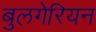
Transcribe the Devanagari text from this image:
बुलगेरियन